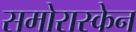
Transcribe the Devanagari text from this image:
समोरास्केन